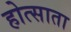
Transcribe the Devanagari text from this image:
होत्साता